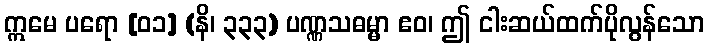
ဣမေ ပရော [၀၁] (နိ၊ ၃၃၃) ပဏ္ဏသဓမ္မာ ဧဝ၊ ဤ ငါးဆယ်ထက်ပိုလွန်သော